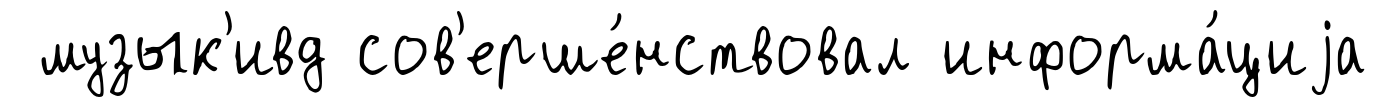
музык'ивд сов'ерше́нствовал информа́циjа